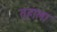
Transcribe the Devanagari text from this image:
तहाला